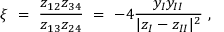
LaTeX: \xi \ = \ \frac { z _ { 1 2 } z _ { 3 4 } } { z _ { 1 3 } z _ { 2 4 } } \ = \ - 4 \frac { y _ { I } y _ { I I } } { | z _ { I } - z _ { I I } | ^ { 2 } } \ ,